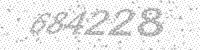
Solution: 684228